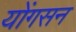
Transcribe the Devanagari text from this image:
योंगसन